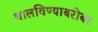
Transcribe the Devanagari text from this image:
चालविण्याबरोबर